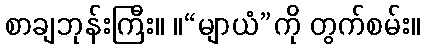
စာချဘုန်းကြီး။ ။“မျာယံ”ကို တွက်စမ်း။